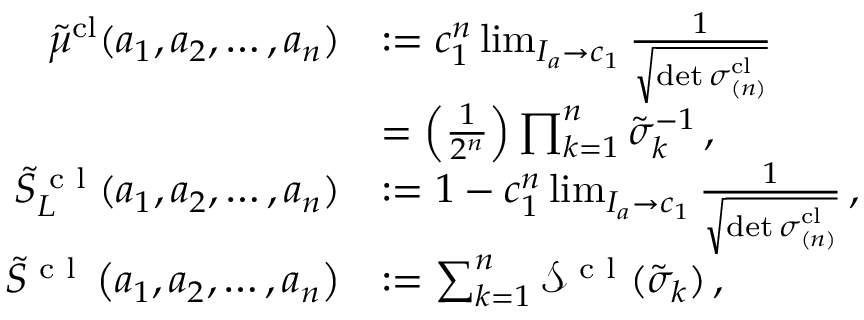
\begin{array} { r l } { \tilde { \mu } ^ { \mathrm { c l } } ( a _ { 1 } , a _ { 2 } , \dots , a _ { n } ) } & { : = c _ { 1 } ^ { n } \operatorname* { l i m } _ { I _ { a } \to c _ { 1 } } \frac { 1 } { \sqrt { \operatorname* { d e t } \boldsymbol { \sigma } _ { ( n ) } ^ { \mathrm { c l } } } } } \\ & { = \left( \frac { 1 } { 2 ^ { n } } \right) \prod _ { k = 1 } ^ { n } \tilde { \sigma } _ { k } ^ { - 1 } \, , } \\ { \tilde { S } _ { L } ^ { \textrm { c l } } ( a _ { 1 } , a _ { 2 } , \dots , a _ { n } ) } & { : = 1 - c _ { 1 } ^ { n } \operatorname* { l i m } _ { I _ { a } \to c _ { 1 } } \frac { 1 } { \sqrt { \operatorname* { d e t } \boldsymbol { \sigma } _ { ( n ) } ^ { \mathrm { c l } } } } \, , } \\ { \tilde { S } ^ { \textrm { c l } } \left( a _ { 1 } , a _ { 2 } , \dots , a _ { n } \right) } & { : = \sum _ { k = 1 } ^ { n } \mathcal { S } ^ { \textrm { c l } } ( \tilde { \sigma } _ { k } ) \, , } \end{array}